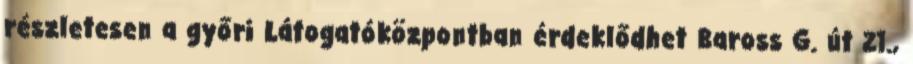
részletesen a győri Látogatóközpontban érdeklődhet Baross G. út 21.,